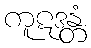
ကူဋဒန္တံ